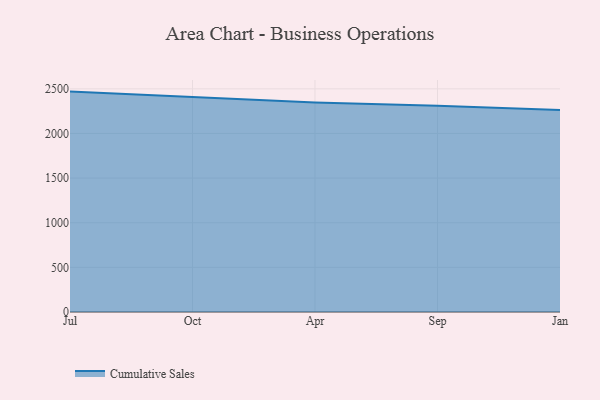
{"axis": {"x": "Month", "y": "Conversion Rate (%)"}, "legend": ["Cumulative Sales"], "data": [{"x": "Jul", "y": 2469.0, "type": "Cumulative Sales"}, {"x": "Oct", "y": 2406.4, "type": "Cumulative Sales"}, {"x": "Apr", "y": 2346.6, "type": "Cumulative Sales"}, {"x": "Sep", "y": 2311.1, "type": "Cumulative Sales"}, {"x": "Jan", "y": 2262.3, "type": "Cumulative Sales"}]}